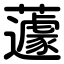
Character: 蘧